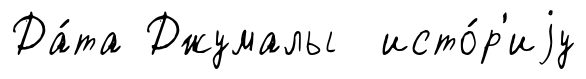
Да́та Джумалы исто́р'иjу